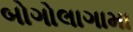
બોગોલાગામા